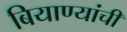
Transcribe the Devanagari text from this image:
बियाण्यांची